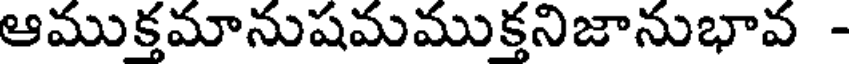
ఆముక్తమానుషమముక్తనిజానుభావ -